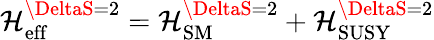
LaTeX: \mathcal{H}_{\mathrm{{eff}}}^{\DeltaS=2}=\mathcal{H}_{\mathrm{{SM}}}^{\DeltaS=2}+\mathcal{H}_{\mathrm{{SUSY}}}^{\DeltaS=2}